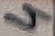
Text: 4